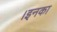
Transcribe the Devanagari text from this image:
।इनका